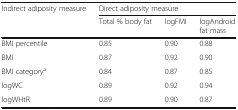
| Indirect adiposity measure | <COLSPAN=3> Direct adiposity measure |
 |  | Total % body fat | logFMI | logAndroid fat mass |
 | --- | --- | --- | --- |
 | BMI percentile | 0.85 | 0.90 | 0.88 |
 | BMI | 0.87 | 0.92 | 0.90 |
 | BMI categorya | 0.84 | 0.87 | 0.85 |
 | logWC | 0.89 | 0.92 | 0.94 |
 | logWHtR | 0.89 | 0.90 | 0.87 |